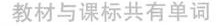
教材与课标共有单词